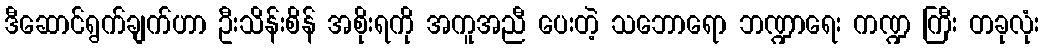
ဒီဆောင်ရွက်ချက်ဟာ ဦးသိန်းစိန် အစိုးရကို အကူအညီ ပေးတဲ့ သဘောရော ဘဏ္ဍာရေး ကဏ္ဍ ကြီး တခုလုံး